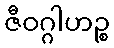
ဇီဝဂ္ဂါဟဉ္စ